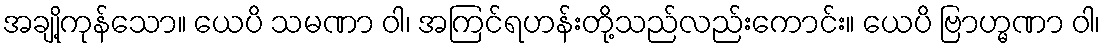
အချို့ကုန်သော။ ယေပိ သမဏာ ဝါ၊ အကြင်ရဟန်းတို့သည်လည်းကောင်း။ ယေပိ ဗြာဟ္မဏာ ဝါ၊